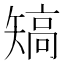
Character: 𥏹